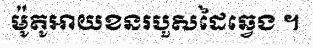
ម៉ូតូអាយខនរបួសដៃឆ្វេង ។